Scottish Certificate of Education, 1962
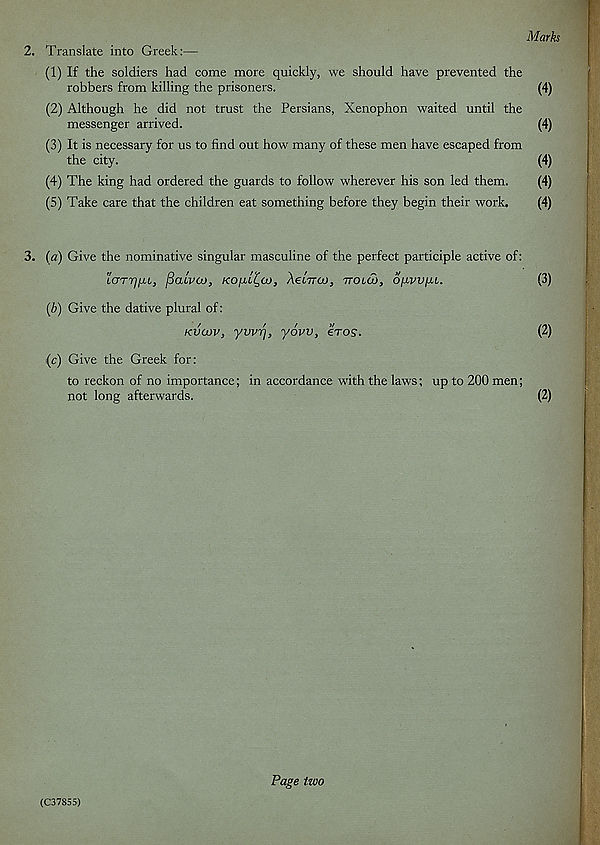
Marks
2. Translate into Greek:—
(1) If the soldiers had come more quickly, we should have prevented the
robbers from killing the prisoners.
(4)
(2) Although he did not trust the Persians, Xenophon waited until the
messenger arrived.
(4)
(3) It is necessary for us to find out how many of these men have escaped from
the city.
(4)
(4) The king had ordered the guards to follow wherever his son led them.
(4)
(5) Take care that the children eat something before they begin their work.
(4)
3. (a)
(b)
(c)
Give the nominative singular masculine of the perfect participle active of:
Larrj^L, fiaivco, ko^l^o), AeiVco, Trend), oimw/il.
(3)
Give the dative plural of:
Kvcnv, yvvrj, yovv, eros.
(2)
Give the Greek for:
to reckon of no importance; in accordance with the laws; up to 200 men;
not long afterwards.
(2)
(C37855)
Page two